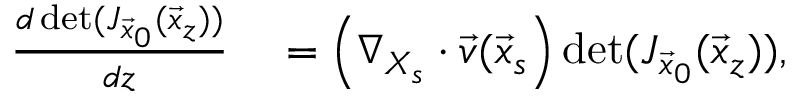
\begin{array} { r l } { \frac { d \operatorname* { d e t } ( J _ { \vec { x } _ { 0 } } ( \vec { x } _ { z } ) ) } { d z } } & { { } = \left( \nabla _ { X _ { s } } \cdot \vec { v } ( \vec { x } _ { s } \right) \operatorname* { d e t } ( J _ { \vec { x } _ { 0 } } ( \vec { x } _ { z } ) ) , } \end{array}